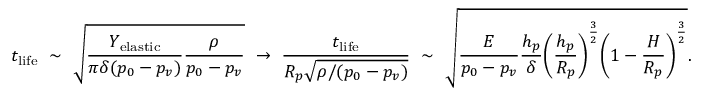
t _ { \mathrm { l i f e } } ~ \sim ~ \sqrt { \frac { Y _ { \mathrm { e l a s t i c } } } { \pi \delta ( p _ { 0 } - p _ { v } ) } \frac { \rho } { p _ { 0 } - p _ { v } } } ~ \rightarrow ~ \frac { t _ { \mathrm { l i f e } } } { R _ { p } \sqrt { \rho / ( p _ { 0 } - p _ { v } ) } } ~ \sim ~ \sqrt { \frac { E } { p _ { 0 } - p _ { v } } \frac { h _ { p } } { \delta } \bigg ( \frac { h _ { p } } { R _ { p } } \bigg ) ^ { \frac { 3 } { 2 } } \bigg ( 1 - \frac { H } { R _ { p } } \bigg ) ^ { \frac { 3 } { 2 } } } .